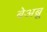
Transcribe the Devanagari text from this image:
बेअब्रू